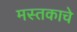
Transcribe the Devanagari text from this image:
मस्तकाचे